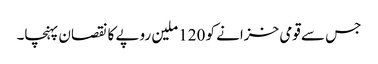
جس سے قومی خزانے کو 120 ملین روپے کا نقصان پہنچا۔